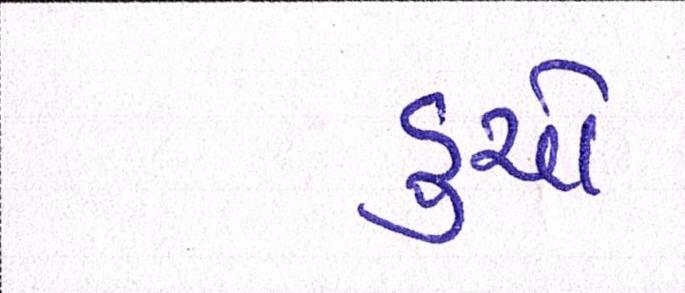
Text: ડુચો